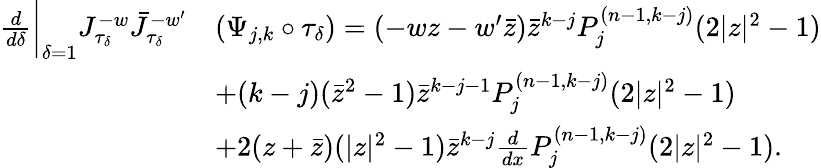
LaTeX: \begin{array}{rl}{\frac{d}{d\delta}\bigg|_{\delta=1}J_{\tau_{\delta}}^{-w}\bar{J}_{\tau_{\delta}}^{-w^{\prime}}}&{\left(\Psi_{j,k}\circ\tau_{\delta}\right)=\left(-wz-w^{\prime}\bar{z}\right)\bar{z}^{k-j}P_{j}^{(n-1,k-j)}(2|z|^{2}-1)}\\ &{+(k-j)(\bar{z}^{2}-1)\bar{z}^{k-j-1}P_{j}^{(n-1,k-j)}(2|z|^{2}-1)}\\ &{+2(z+\bar{z})(|z|^{2}-1)\bar{z}^{k-j}\frac{d}{dx}P_{j}^{(n-1,k-j)}(2|z|^{2}-1).}\end{array}